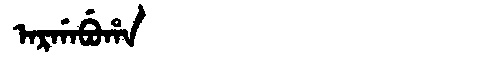
Manchu: ᠠᡵᡤᠠᠪᡠᡥᠠ
Romanization: ARGABUHA